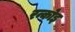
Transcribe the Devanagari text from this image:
रन्कोइ